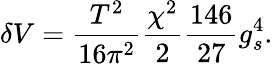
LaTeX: \delta V={\frac{T^{2}}{16\pi^{2}}}{\frac{\chi^{2}}{2}}{\frac{146}{27}}g_{s}^{4}.